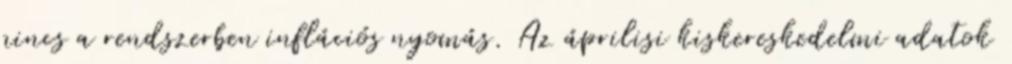
nincs a rendszerben inflációs nyomás. Az áprilisi kiskereskedelmi adatok